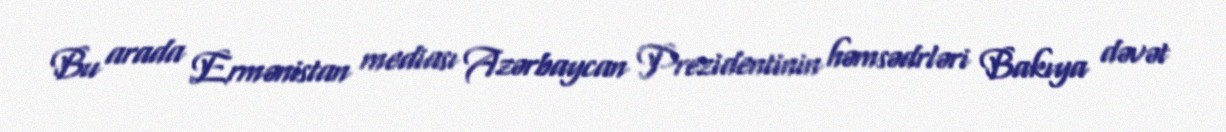
Bu arada Ermənistan mediası Azərbaycan Prezidentinin həmsədrləri Bakıya dəvət